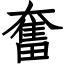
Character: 奮